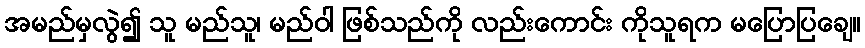
အမည်မှလွဲ၍ သူ မည်သူ၊ မည်ဝါ ဖြစ်သည်ကို လည်းကောင်း ကိုသူရက မပြောပြချေ။